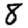
Digit: 8